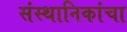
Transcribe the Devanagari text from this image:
संस्थानिकांचा